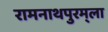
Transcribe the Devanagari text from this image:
रामनाथपुरम्‌ला